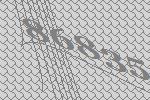
86835